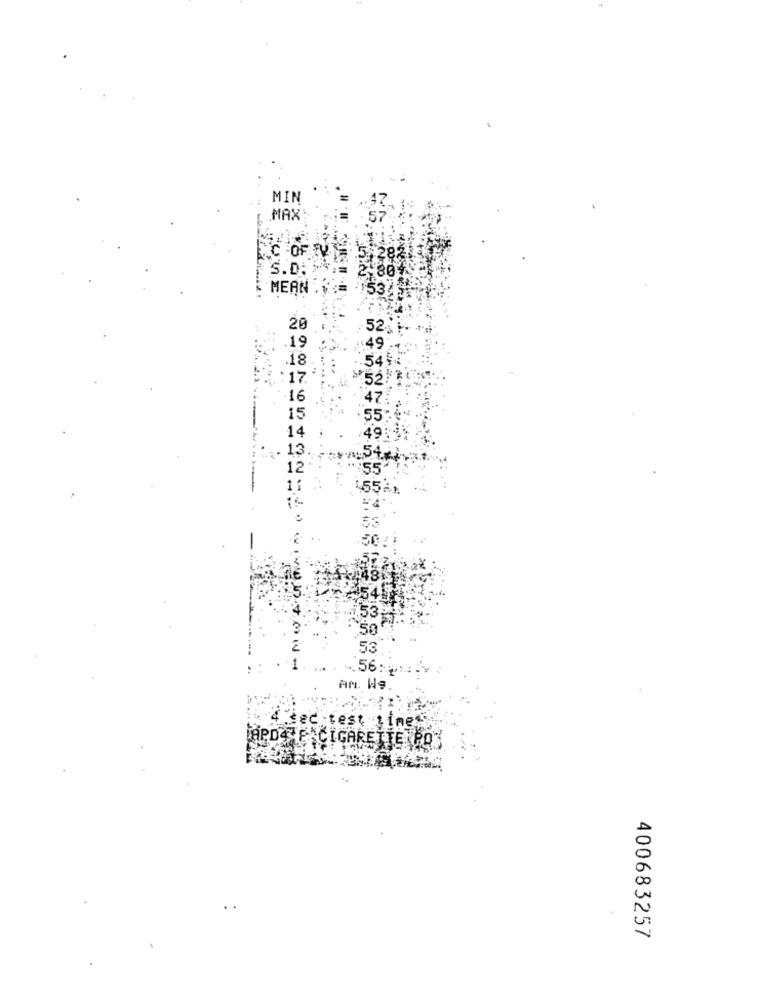
MIN
MAX
S.D. S
MEAN
20
52
19
49
17
16
15
14
13
12
55
50
53
.. 56:
AN. We
tec -test tine
[APD4 E CIGARETTE PR
400683257